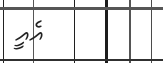
އެއީ